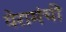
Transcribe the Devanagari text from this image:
येरामंची